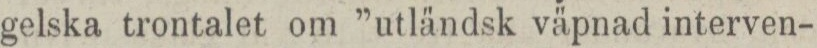
gelska trontalet om ”utländsk väpnad interven-